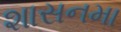
શાસનમા